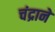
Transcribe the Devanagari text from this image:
चंद्राने